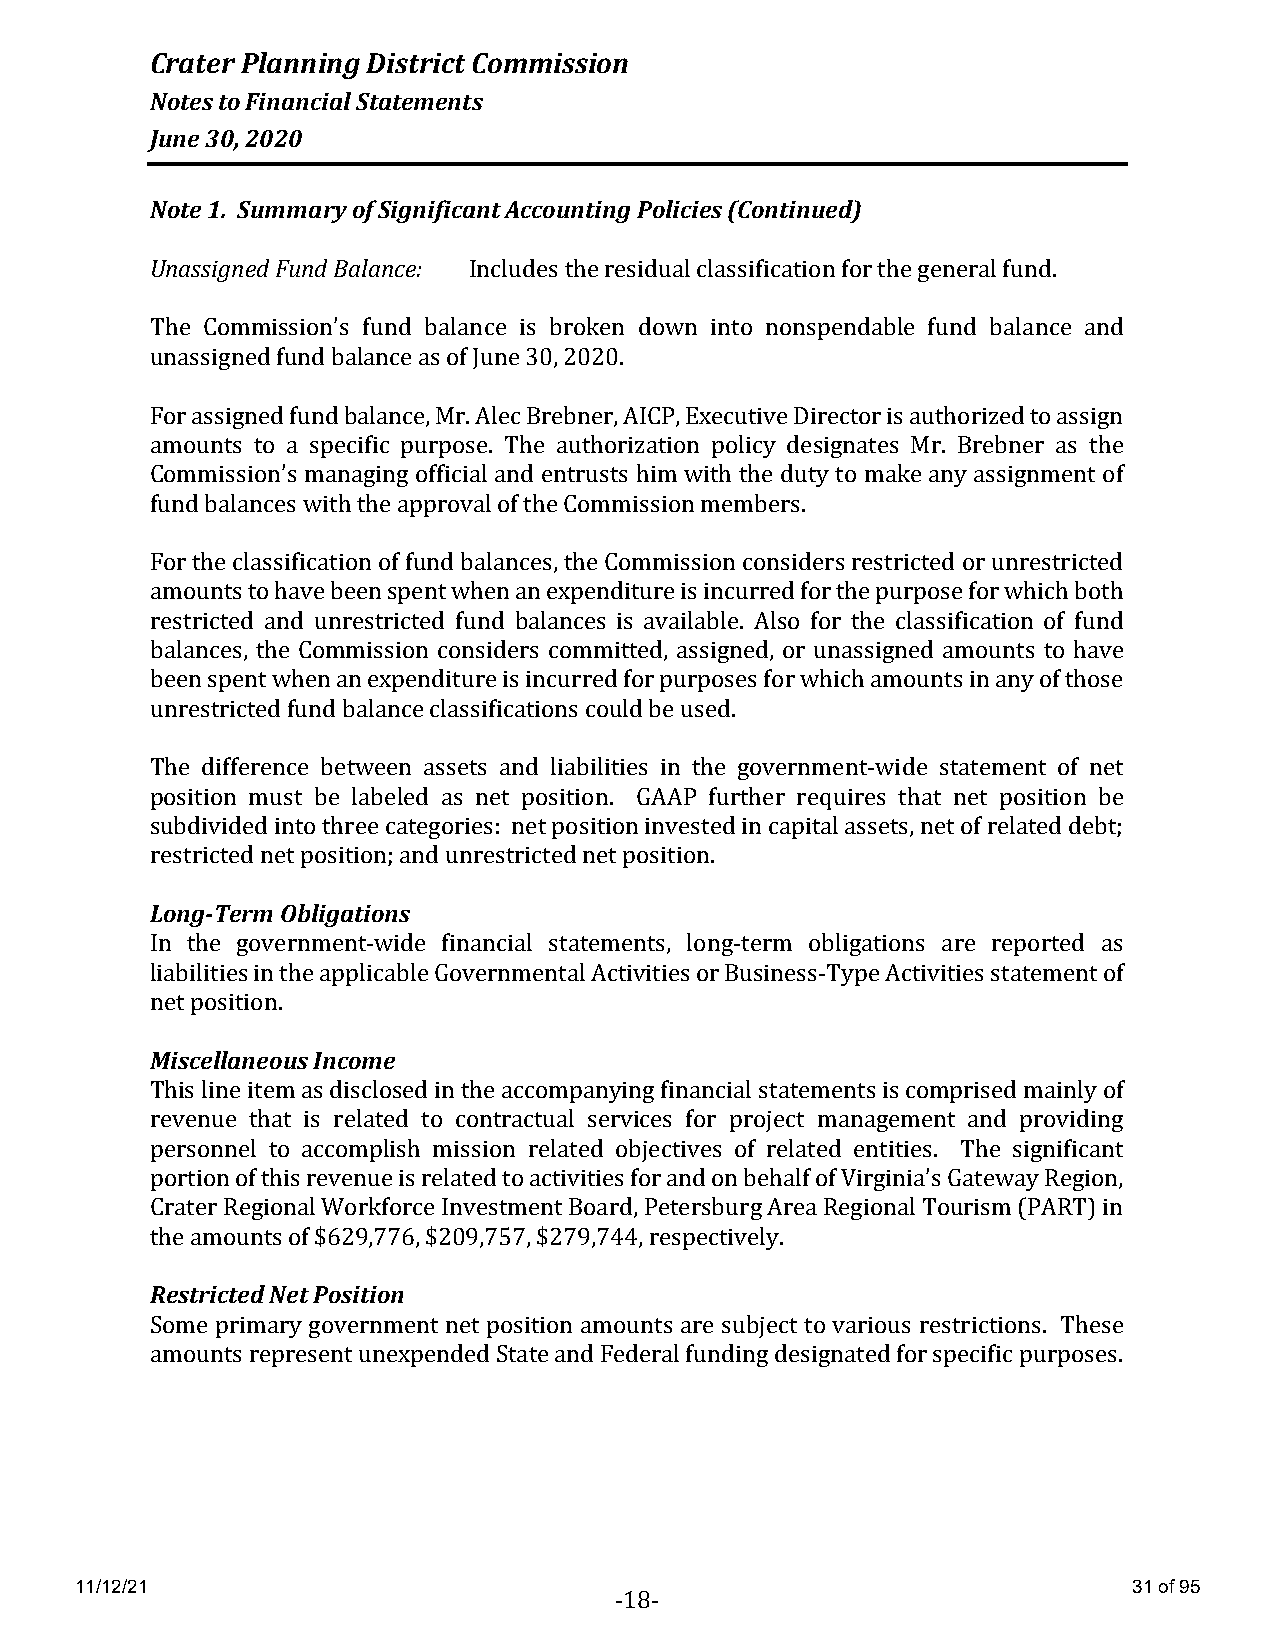
Crater Planning District Commission
 Notes to Financial Statements
 June 30, 2020
 Note 1. Summary of Significant Accounting Policies (Continued)
 Unassigned Fund Balance: Includes the residual classification for the general fund.
 The Commission’s fund balance is broken down into nonspendable fund balance and
 unassigned fund balance as of June 30, 2020.
 For assigned fund balance, Mr. Alec Brebner, AICP, Executive Director is authorized to assign
 amounts to a specific purpose. The authorization policy designates Mr. Brebner as the
 Commission’s managing official and entrusts him with the duty to make any assignment of
 fund balances with the approval of the Commission members.
 For the classification of fund balances, the Commission considers restricted or unrestricted
 amounts to have been spent when an expenditure is incurred for the purpose for which both
 restricted and unrestricted fund balances is available. Also for the classification of fund
 balances, the Commission considers committed, assigned, or unassigned amounts to have
 been spent when an expenditure is incurred for purposes for which amounts in any of those
 unrestricted fund balance classifications could be used.
 The difference between assets and liabilities in the government-wide statement of net
 position must be labeled as net position. GAAP further requires that net position be
 subdivided into three categories: net position invested in capital assets, net of related debt;
 restricted net position; and unrestricted net position.
 Long-Term Obligations
 In the government-wide financial statements, long-term obligations are reported as
 liabilities in the applicable Governmental Activities or Business-Type Activities statement of
 net position.
 Miscellaneous Income
 This line item as disclosed in the accompanying financial statements is comprised mainly of
 revenue that is related to contractual services for project management and providing
 personnel to accomplish mission related objectives of related entities. The significant
 portion of this revenue is related to activities for and on behalf of Virginia’s Gateway Region,
 Crater Regional Workforce Investment Board, Petersburg Area Regional Tourism (PART) in
 the amounts of $629,776, $209,757, $279,744, respectively.
 Restricted Net Position
 Some primary government net position amounts are subject to various restrictions. These
 amounts represent unexpended State and Federal funding designated for specific purposes.
 11/12/21                                                              31 of 95
 -18-